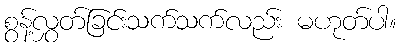
စွန့်လွှတ်ခြင်းသက်သက်လည်း မဟုတ်ပါ။